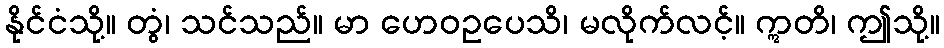
နိုင်ငံသို့။ တွံ၊ သင်သည်။ မာ ဟေဝဥပေသိ၊ မလိုက်လင့်။ ဣတိ၊ ဤသို့။